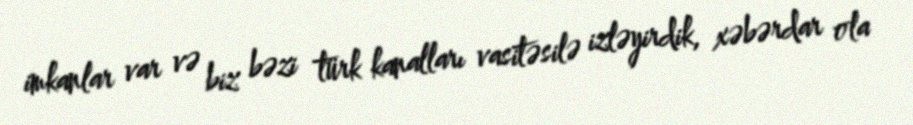
imkanlar var və biz bəzi türk kanalları vasitəsilə izləyirdik, xəbərdar ola